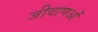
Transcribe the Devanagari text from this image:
जीवाणओं